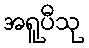
အရူပီသု